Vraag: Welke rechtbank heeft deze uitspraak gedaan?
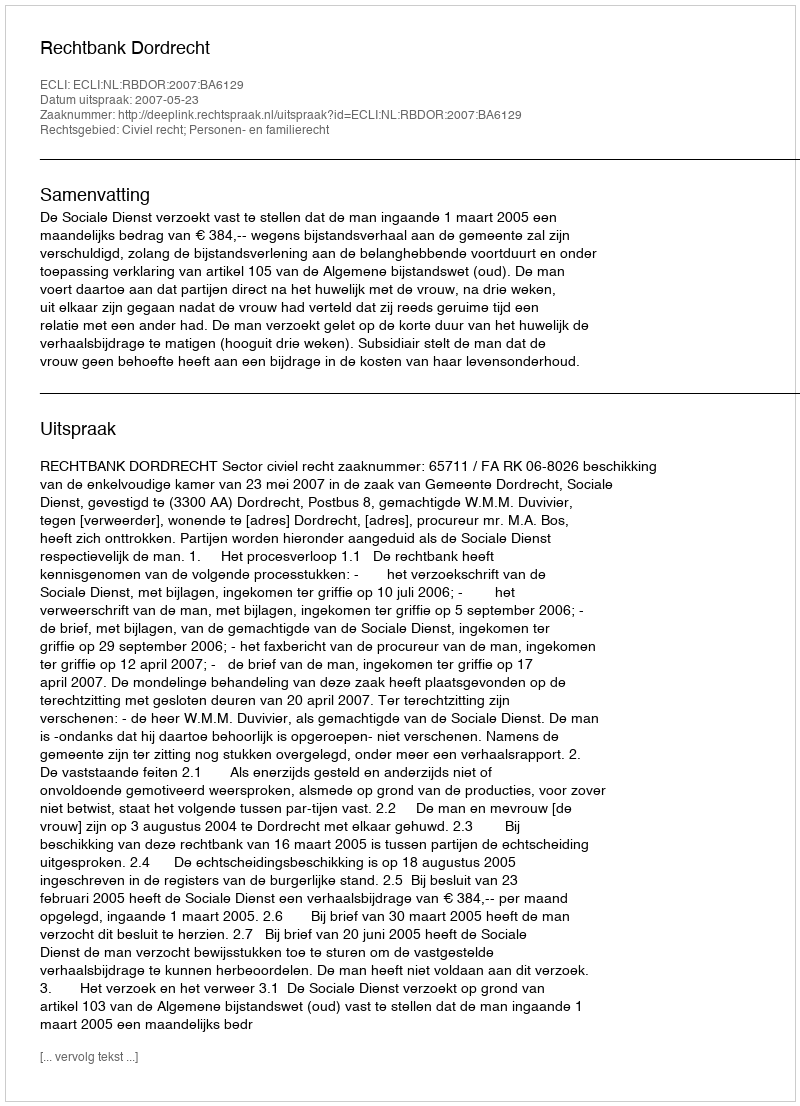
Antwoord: Rechtbank Dordrecht